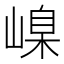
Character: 嵲